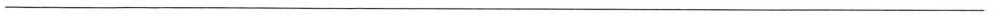
___